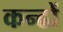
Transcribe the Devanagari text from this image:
कन्ढों